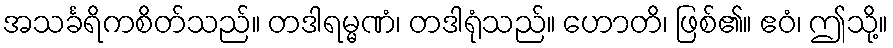
အသင်္ခရိကစိတ်သည်။ တဒါရမ္မဏံ၊ တဒါရုံသည်။ ဟောတိ၊ ဖြစ်၏။ ဧဝံ၊ ဤသို့။